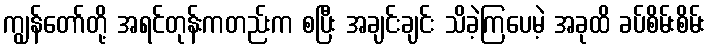
ကျွန်တော်တို့ အရင်တုန်းကတည်းက စပြီး အချင်းချင်း သိခဲ့ကြပေမဲ့ အခုထိ ခပ်စိမ်းစိမ်း